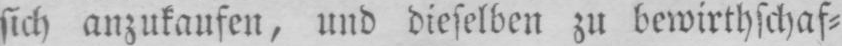
sich anzukaufen, und dieselben zu bewirthschaf⸗